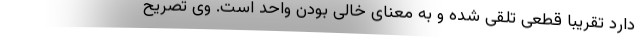
دارد تقریباً قطعی تلقی شده و به معنای خالی بودن واحد است. وی تصریح